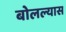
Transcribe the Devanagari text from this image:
बोलल्यास